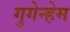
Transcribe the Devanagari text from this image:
गुगेन्हेम